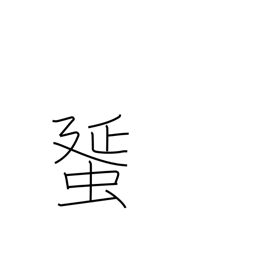
Meaning: egg